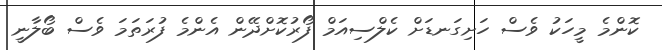
ކޮންމެ މީހަކު ވެސް ހަށިގަނޑަށް ކެލްސިއަމް ފޯރުކޮށްދޭން އެންމެ ފުރަތަމަ ވެސް ބޯލާނީ